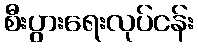
စီးပွားရေးလုပ်ငန်း